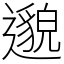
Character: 邈